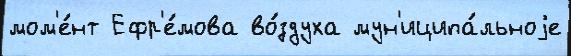
мом'е́нт Ефр'е́мова во́здуха мун'иципа́льноjе